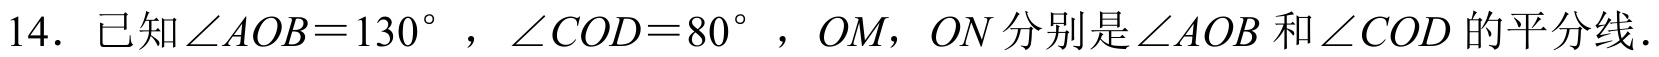
14. 已知\(\angle AOB = 130^{\circ}\)，\(\angle COD = 80^{\circ}\)，\(OM\)，\(ON\)分别是\(\angle AOB\)和\(\angle COD\)的平分线.